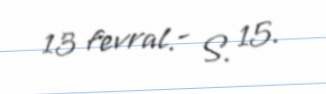
13 fevral.- S. 15.